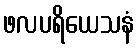
ဖလပရိယေသနံ